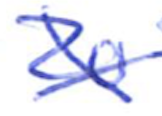
Text: 20
Cross-out: cross
Writing tool: ballpoint